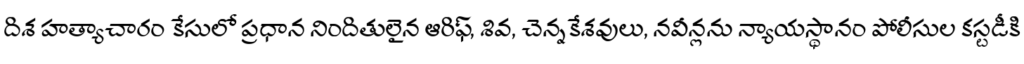
దిశ హత్యాచారం కేసులో ప్రధాన నిందితులైన ఆరిఫ్, శివ, చెన్నకేశవులు, నవీన్లను న్యాయస్థానం పోలీసుల కస్టడీకి